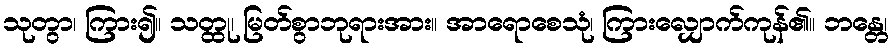
သုတွာ၊ ကြား၍။ သတ္ထု၊ မြတ်စွာဘုရားအား။ အာရောစေသုံ၊ ကြားလျှောက်ကုန်၏။ ဘန္တေ၊